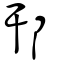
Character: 邗